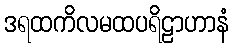
ဒရထကိလမထပရိဠာဟာနံ